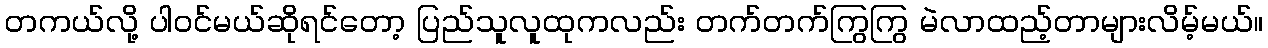
တကယ်လို့ ပါဝင်မယ်ဆိုရင်တော့ ပြည်သူလူထုကလည်း တက်တက်ကြွကြွ မဲလာထည့်တာများလိမ့်မယ်။